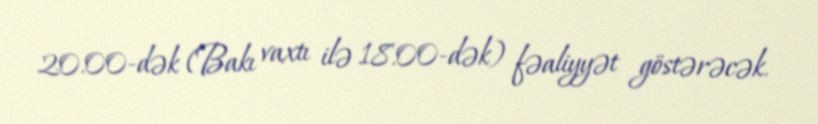
20.00-dək (Bakı vaxtı ilə 18.00-dək) fəaliyyət göstərəcək.